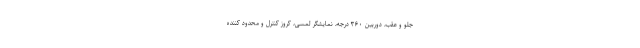
جلو و عقب، دوربین ۳۶۰ درجه، نمایشگر لمسی، کروز کنترل و محدود کننده